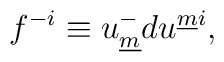
f^{-i} \equiv u^{-}_{\underline m} d u^{\underline{m}i} ,